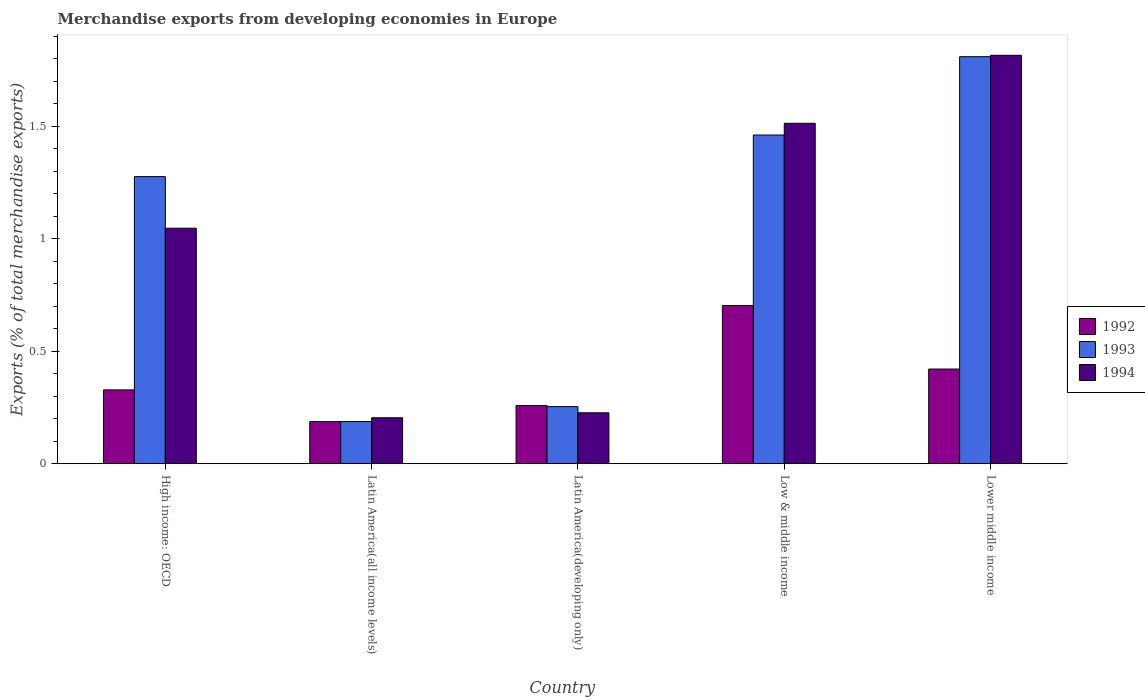
| Country | 1992 | 1993 | 1994 |
 | --- | --- | --- | --- |
 | High income: OECD | 0.328 | 1.28 | 1.05 |
 | Latin America(all income levels) | 0.187 | 0.187 | 0.204 |
 | Latin America(developing only) | 0.258 | 0.254 | 0.226 |
 | Low & middle income | 0.703 | 1.46 | 1.51 |
 | Lower middle income | 0.421 | 1.81 | 1.81 |